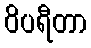
ဝိပရီတာ